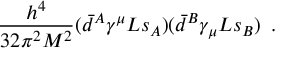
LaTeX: { \frac { h ^ { 4 } } { 3 2 \pi ^ { 2 } M ^ { 2 } } } ( \bar { d } ^ { A } \gamma ^ { \mu } L s _ { A } ) ( \bar { d } ^ { B } \gamma _ { \mu } L s _ { B } ) \, \, \, .